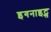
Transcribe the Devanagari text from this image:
इगनाइट्स